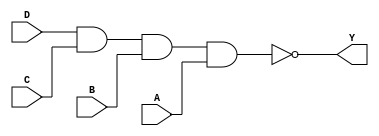
module sky130_fd_sc_ls__nand4_4 (
    Y,
    A,
    B,
    C,
    D
);
    output Y;
    input  A;
    input  B;
    input  C;
    input  D;
    wire nand0_out_Y;
    nand nand0 (nand0_out_Y, D, C, B, A     );
    buf  buf0  (Y          , nand0_out_Y    );
endmodule